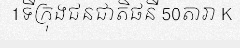
1ទីក្រុងជនជាតិផនី 50តារា K